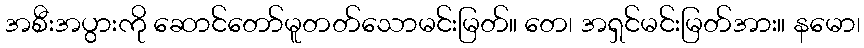
အစီးအပွားကို ဆောင်တော်မူတတ်သောမင်းမြတ်။ တေ၊ အရှင်မင်းမြတ်အား။ နမော၊